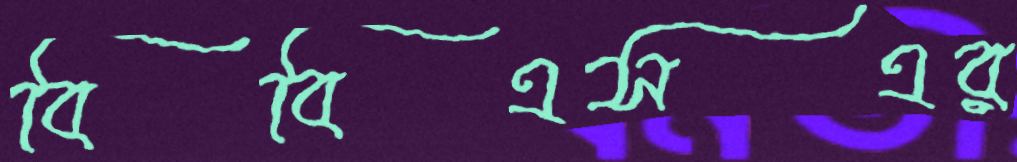
বিবিএসএর